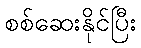
စစ်ဆေးနိုင်ပြီး